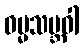
ဓမ္မသမ္ဘဝါ